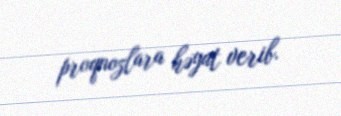
proqnozlara həyat verib.